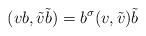
LaTeX: \begin{align*} (v b, \tilde{v} \tilde{b})=b^\sigma (v,\tilde{v}) \tilde{b}\end{align*}